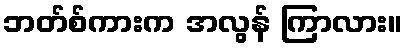
ဘတ်စ်ကားက အလွန် ကြာလား။